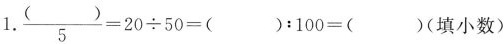
$$\frac { () } { 5 } = 2 0 \div 5 0 = ( ) : 1 0 0 =（ ）$$ (填小数)